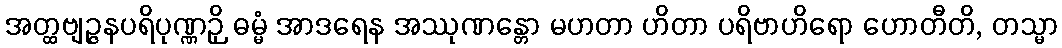
အတ္ထဗျဉ္ဇနပရိပုဏ္ဏဉှိ ဓမ္မံ အာဒရေန အဿုဏန္တော မဟတာ ဟိတာ ပရိဗာဟိရော ဟောတီတိ, တသ္မာ